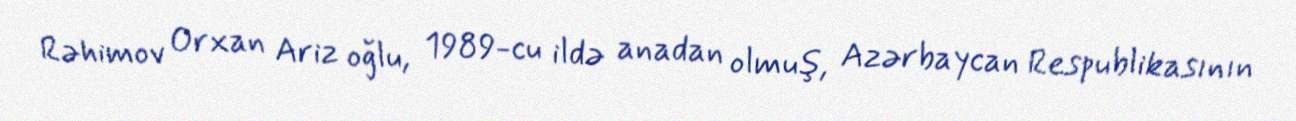
Rəhimov Orxan Ariz oğlu, 1989-cu ildə anadan olmuş, Azərbaycan Respublikasının